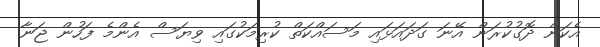
އެކަން ދޮގުކުރަން އޭނަ ގަދައަޅައި މަސައްކަތް ކުރިމަކުގައި ވިޔަސް އެންމެ ފަހުން ޖަނާ